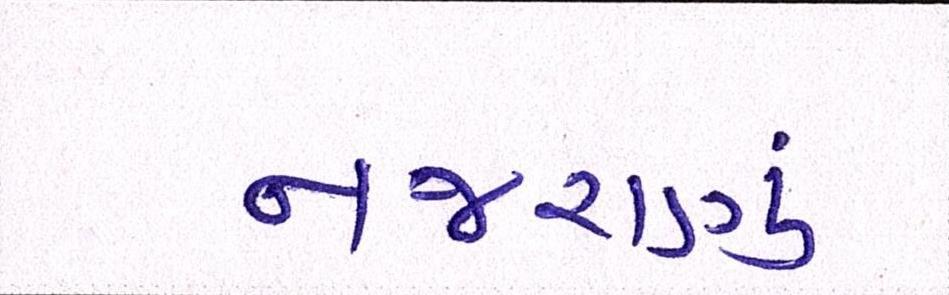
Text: નજરાણું